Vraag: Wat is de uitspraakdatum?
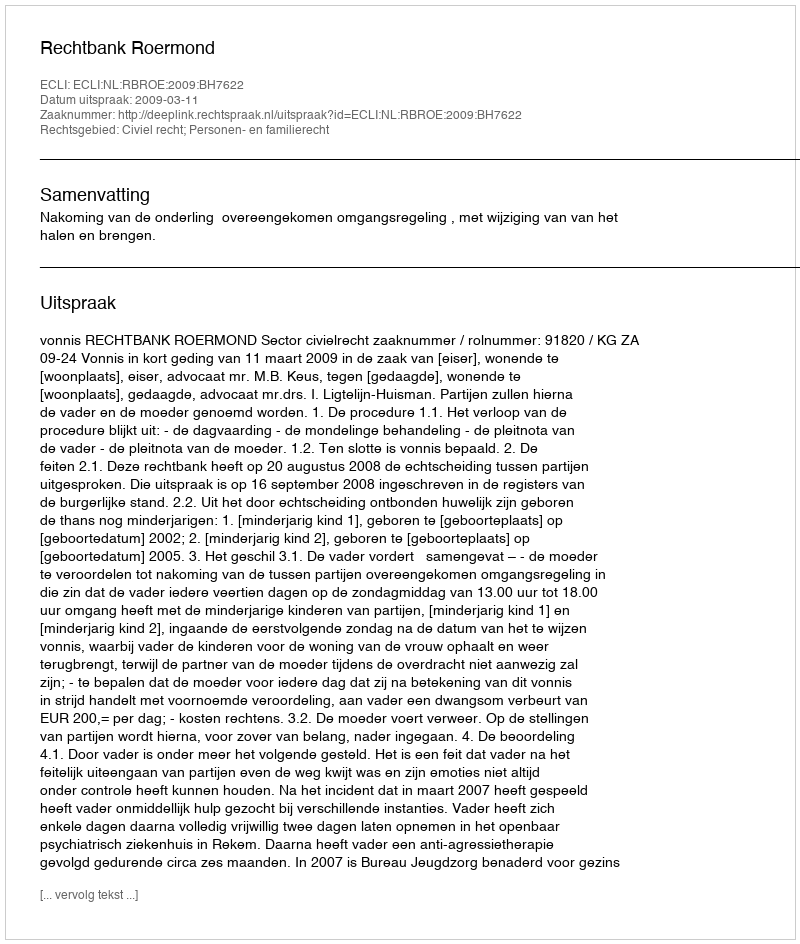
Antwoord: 2009-03-11